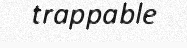
trappable